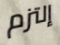
إلتزم